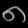
Digit: ၈